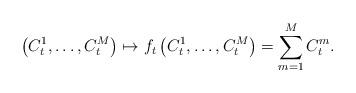
LaTeX: \begin{align*}\left(C_t^1, \ldots, {C}_t^{{M}} \right) \mapsto f_t\left(C_t^1, \ldots, {C}_t^{{M}} \right) = \sum_{m=1}^{{M}} {C}_t^m.\end{align*}